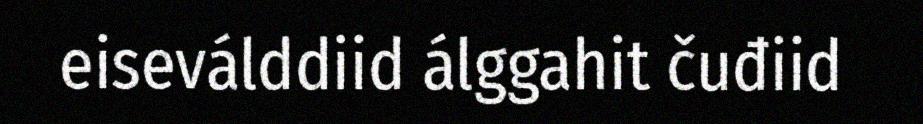
eiseválddiid álggahit čuđiid